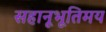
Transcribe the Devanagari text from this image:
सहानूभूतिमय